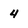
Character: 4